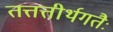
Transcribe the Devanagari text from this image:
तत्तत्तीर्थगतैः